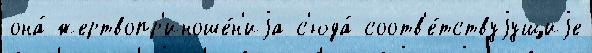
она́ жертвопр'иноше́н'иjа с'юда́ соотв'е́тствуjущиjе